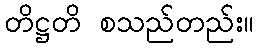
တိဋ္ဌတိ စသည်တည်း။